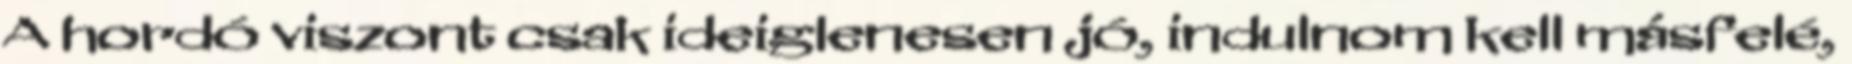
A hordó viszont csak ideiglenesen jó, indulnom kell másfelé,